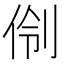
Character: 𫢣